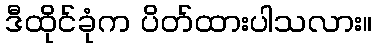
ဒီထိုင်ခုံက ပိတ်ထားပါသလား။